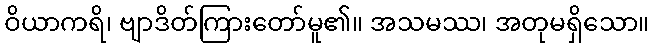
ဝိယာကရိ၊ ဗျာဒိတ်ကြားတော်မူ၏။ အသမဿ၊ အတုမရှိသော။